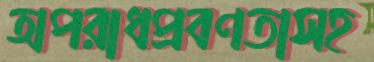
অপরাধপ্রবণতাসহ